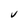
Character: V